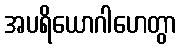
အပရိယောဂါဟေတွာ